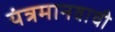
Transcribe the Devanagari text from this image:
यंत्रमानवाची